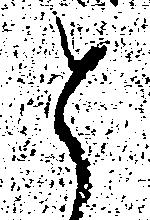
と